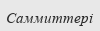
Саммиттері